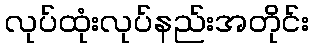
လုပ်ထုံးလုပ်နည်းအတိုင်း